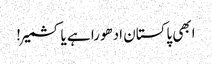
ابھی پاکستان ادھورا ہے یا کشمیر!